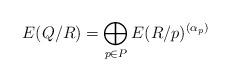
LaTeX: \begin{align*}E(Q/R) = \bigoplus_{p \in P} E(R/p)^{(\alpha_p)}\end{align*}